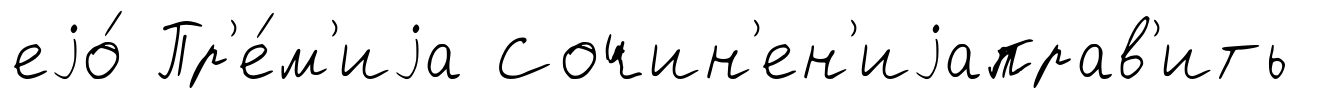
еjо́ Пр'е́м'иjа Сочин'ен'иjаправ'ить